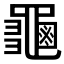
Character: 𪚴